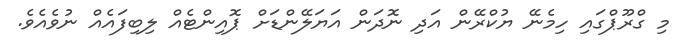
މި ގްރޫޕްގައި ހިމެނޭ ޔުކްރޭން އަދި ނޮދަން އަޔަލޭންޑަށް ޕޮއިންޓެއް ލިބިފައެއް ނުވެއެވެ.